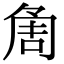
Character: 𠶰